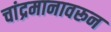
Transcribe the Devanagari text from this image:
चांद्रमानावरून